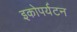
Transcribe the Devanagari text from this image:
इकोपर्यटन